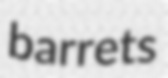
barrets